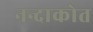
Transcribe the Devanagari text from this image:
नन्दाकोत